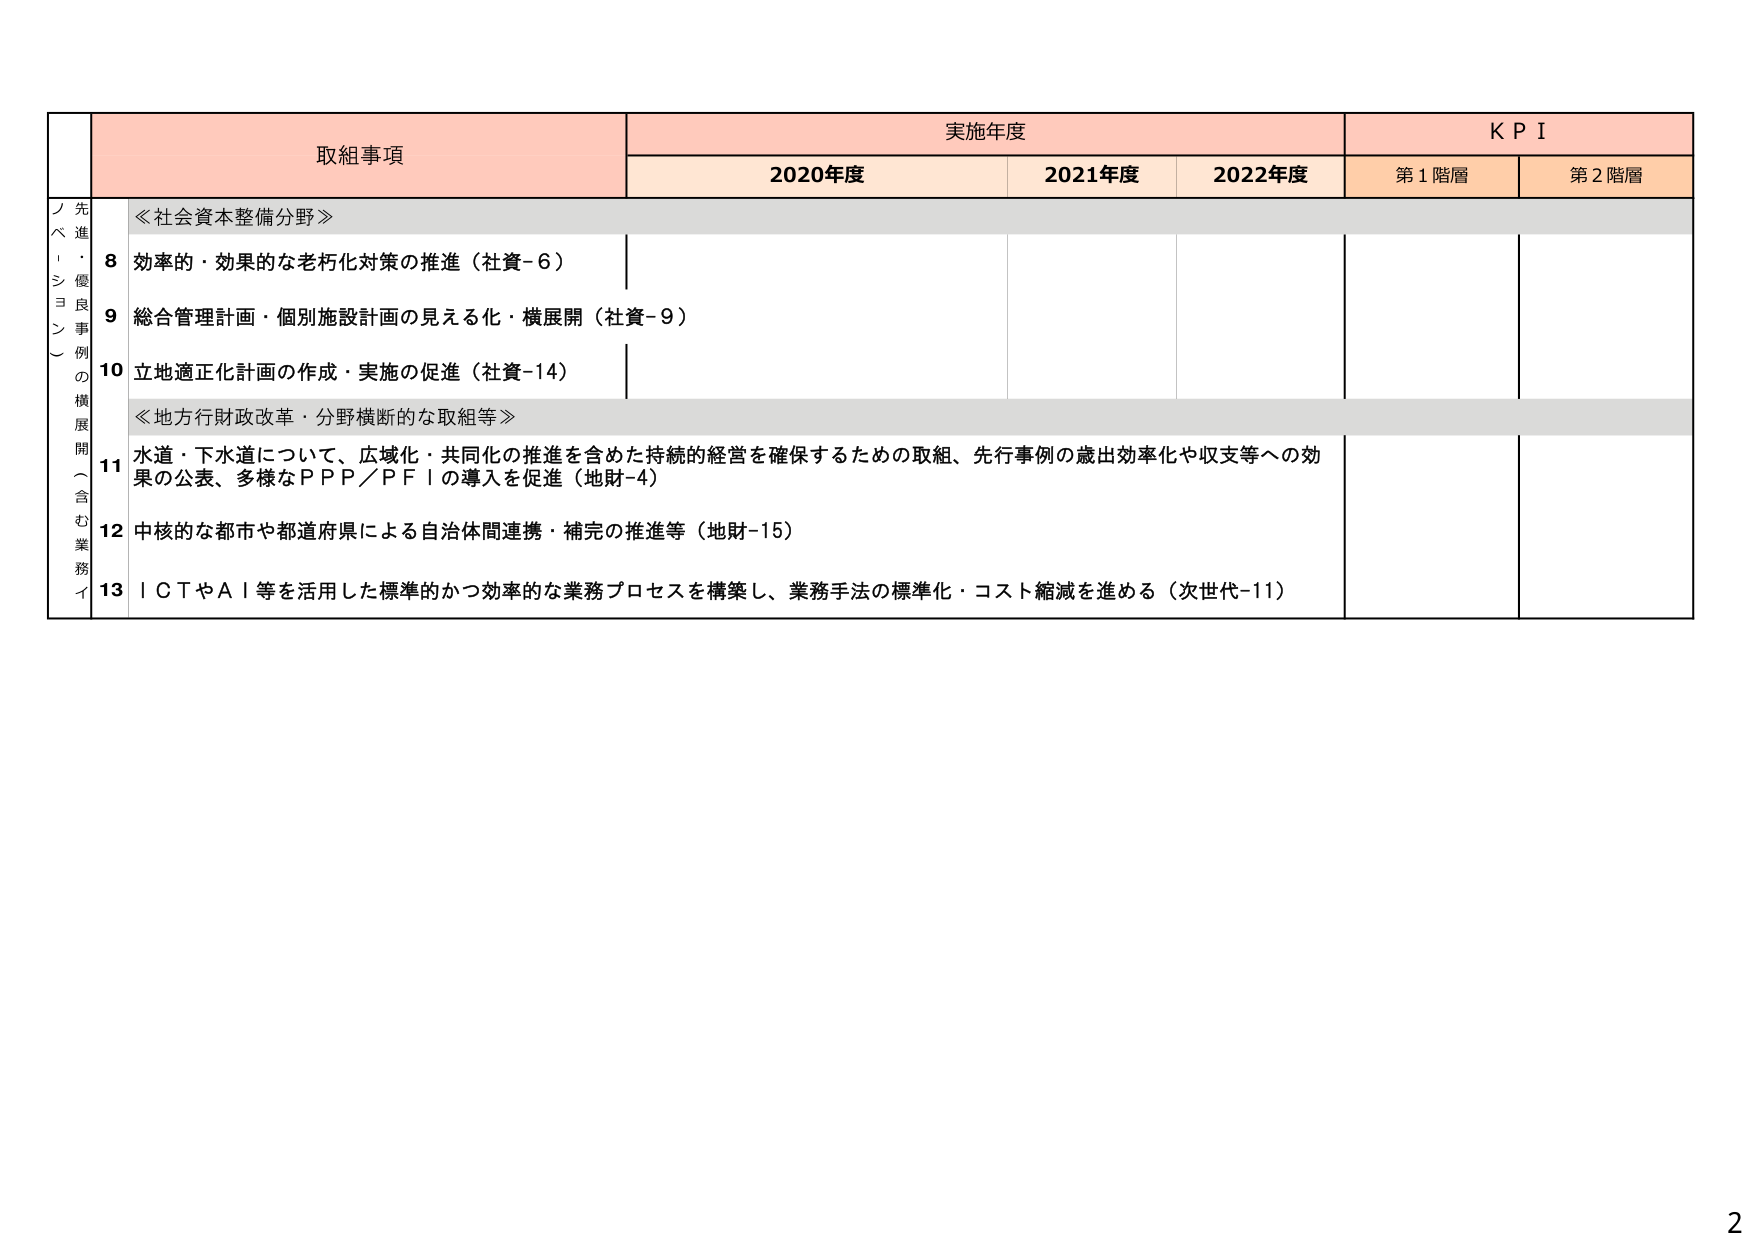
取組事項　実施年度　KPI
2020年度　2021年度　2022年度　第1階層　第2階層

ノ　先
ベ　進
・　優
シ　良
ヨ　事
ン　例
（　の
）　横
　　展
　　開
　　（
　　含
　　む
　　業
　　務
　　イ

≪社会資本整備分野≫
8 効率的・効果的な老朽化対策の推進（社資-6）
9 総合管理計画・個別施設計画の見える化・横展開（社資-9）
10 立地適正化計画の作成・実施の促進（社資-14）

≪地方行財政改革・分野横断的な取組等≫
11 水道・下水道について、広域化・共同化の推進を含めた持続的経営を確保するための取組、先行事例の歳出効率化や収支等への効果の公表、多様なＰＰＰ／ＰＦＩの導入を促進（地財-4）
12 中核的な都市や都道府県による自治体間連携・補完の推進等（地財-15）
13 ＩＣＴやＡＩ等を活用した標準的かつ効率的な業務プロセスを構築し、業務手法の標準化・コスト縮減を進める（次世代-11）

2